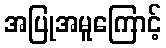
အပြုအမူကြောင့်